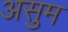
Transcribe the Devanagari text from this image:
असुम